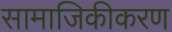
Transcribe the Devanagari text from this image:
सामाजिकीकरण